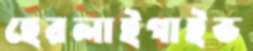
হেরলাইগাইভ